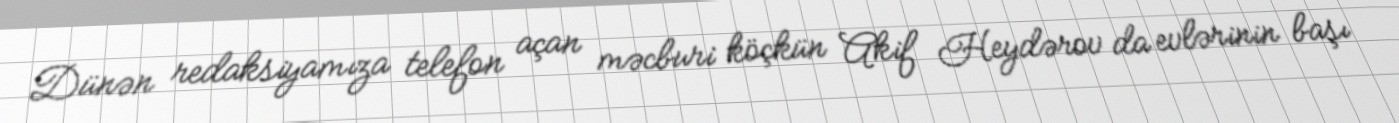
Dünən redaksiyamıza telefon açan məcburi köçkün Akif Heydərov da evlərinin başı